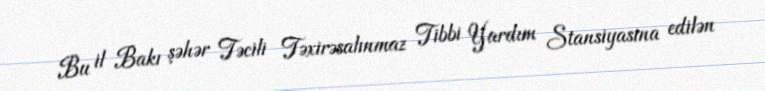
Bu il Bakı şəhər Təcili Təxirəsalınmaz Tibbi Yardım Stansiyasına edilən